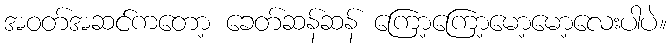
အဝတ်အဆင်ကတော့ ခေတ်ဆန်ဆန် ကြော့ကြော့မော့မော့လေးပါပဲ။